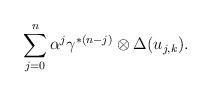
LaTeX: \begin{align*}\sum_{j=0}^{n}\alpha^{j}\gamma^{*(n-j)}\otimes \Delta( u_{j,k}).\end{align*}